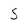
Character: S